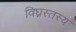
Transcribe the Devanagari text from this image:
विघ्नस्तस्य